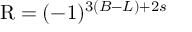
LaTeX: \mathrm { R } = ( - 1 ) ^ { 3 ( B - L ) + 2 s }